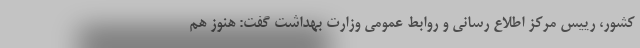
کشور، رییس مرکز اطلاع رسانی و روابط عمومی وزارت بهداشت گفت: هنوز هم